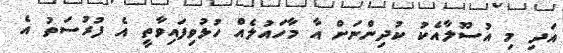
އަދި މި އުސޫލާއެކު ކުދިންނަށް އާ މާހައުލެއް ހުޅުވިފައިވާތީ އެ ފުރުސަތު އެ